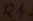
Text: R1